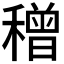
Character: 𥢥